Indian journal of veterinary science and animal husbandry - Volumes 18-21, 1948-1951
Year: 1948
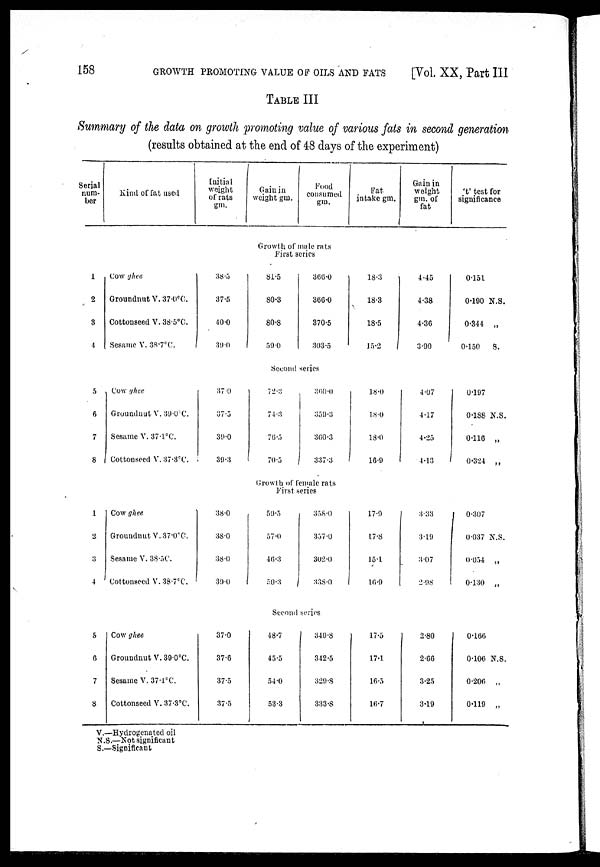
158
GROWTH PROMOTING VALUE OF OILS AND FATS [Vol. XX, Part III
TABLE III
Summary of the data on growth promoting value of various fats in second generation
(results obtained at the end of 48 days of the experiment)
Serial
num-
ber
Kind of fat used
Initial
weight
of rats
gm.
Gain in
weight gm.
Food
consumed
gm.
Fat
intake gm.
Gain in
weight
gm. of
fat
't' test for
significance
Growth of male rats
First series
1
2
3
4
Cow ghee
Groundnut V.37.0°C.
Cottonseed V. 38.5°C.
Sesame V. 38.7°C.
38.5
37.5
40.0
39.0
81.5
80.3
80.8
59 0
366.0
366.0
370.5
303.5
18.3
18.3
18.5
15.2
4.45
4.38
4.36
3.90
0.151
0.190 N.S.
0.344 „
0.150
S.
Second series
5
6
7
8
Cow ghee
Groundnut V. 39.0°C.
Sesame V. 37.1°C.
Cottonseed V. 37.3°C.
37.0
37.5
39.0
39.3
72.3
74.3
76.5
70.5
360.0
359.3
360.3
337.3
18.0
18.0
18.0
16.9
4.07
4.17
4.25
4.13
0.197
0.188 N.S.
0.116 „
0.324 „
Growth of female rats
First series
1
2
3
4
Cow ghee
Groundnut V. 37.0°C.
Sesame V. 38.5C.
Cottonseed V. 38.7°C.
38.0
38.0
38.0
39.0
59.5
57.0
46.3
50.3
358.0
357.0
302.0
338.0
17.9
17.8
15.1
16.9
3.33
3.19
3.07
2.98
0.307
0.037 N.S.
0.054 „
0.130 „
Second series
5
6
7
8
Cow ghee
Groundnut V. 39.0°C.
Sesame V. 37.1°C.
Cottonseed V. 37.3°C.
37.0
37.6
37.5
37.5
48.7
45.5
54.0
53.3
349.8
342.5
329.8
333.8
17.5
17.1
16.5
16.7
2.80
2.66
3.25
3.19
0.166
0.106 N.S.
0.206 „
0.119 „
V.—Hydrogenated oil
N.S.—Not significant
S.—Significant